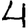
Digit: 4